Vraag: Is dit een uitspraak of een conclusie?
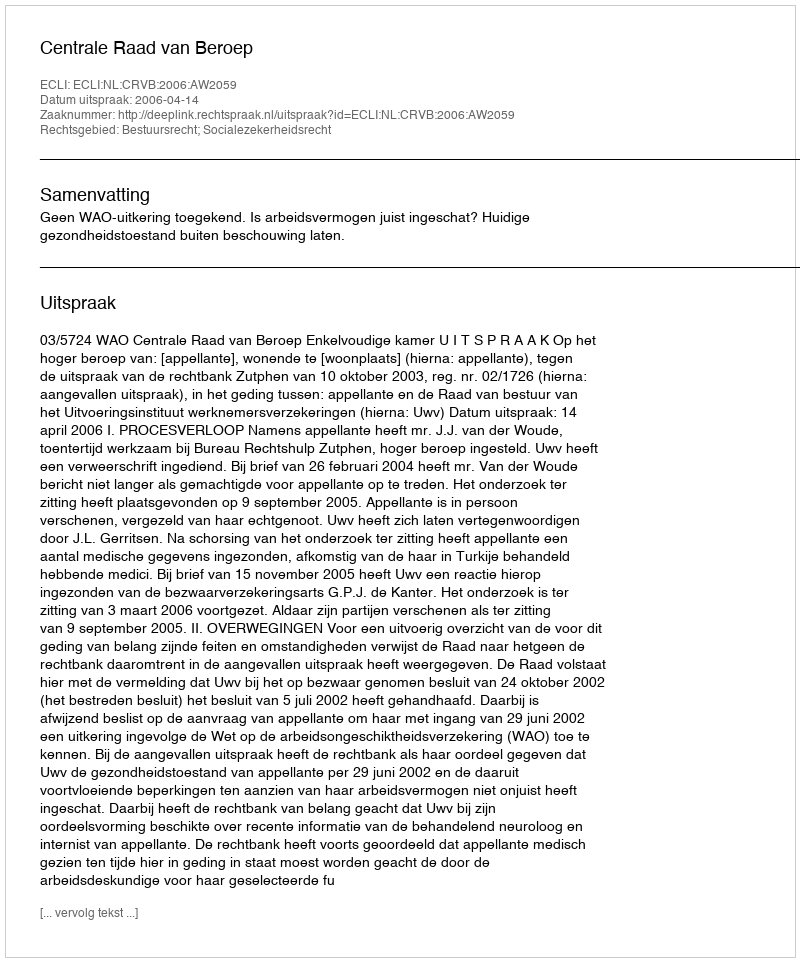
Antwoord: Uitspraak